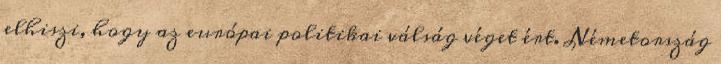
elhiszi, hogy az európai politikai válság véget ért. Németország